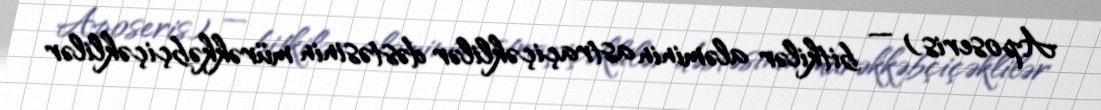
Aposeris) — bitkilər aləminin astraçiçəklilər dəstəsinin mürəkkəbçiçəklilər